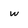
Character: w